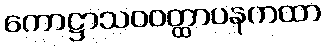
ကောဋ္ဌာသဝဝတ္ထာပနကထာ